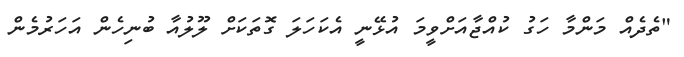
"ތެދެއް މަންމާ ހަގު ކުއްޖާއަށްވީމަ އުޅޭނީ އެކަހަލަ ގޮތަކަށް ލޫލުއާ ބުނިހެން އަހަރުމެން